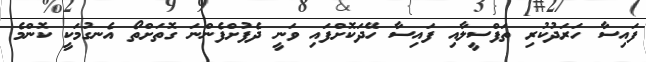
ފައިސާ ހަރަދުކުރި ތަފްސީލާއި ފައިސާ ހޭދަކޮށްފައި ވަނީ ދެފުށްފެންނަ ގޮތަށްތޯ އެނގުމަކީ ކޮންމެ